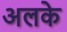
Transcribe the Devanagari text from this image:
अलके